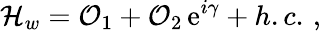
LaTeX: {\mathcal H}_{w}={\cal O}_{1}+{\cal O}_{2}\, \mathrm{e}^{i\gamma}+h.c.\, ,